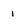
Character: 1